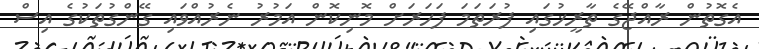
އެގޮތުން ރާއްޖޭގެ ތާރީޚުގައި ފުރަތަމަ ފަހަރަށް މޮނިކޮން އަމުރު ނެރުއްވައި ގޭންގުތަކުގެ އިސް